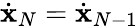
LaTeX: \dot{\mathbf x}_{N}=\dot{\mathbf x}_{N-1}